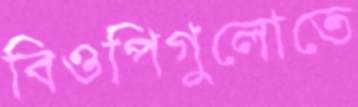
বিওপিগুলোতে